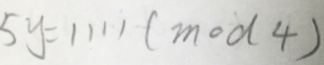
5 y = 1 1 1 1 ( m o d 4 )